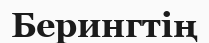
Берингтің